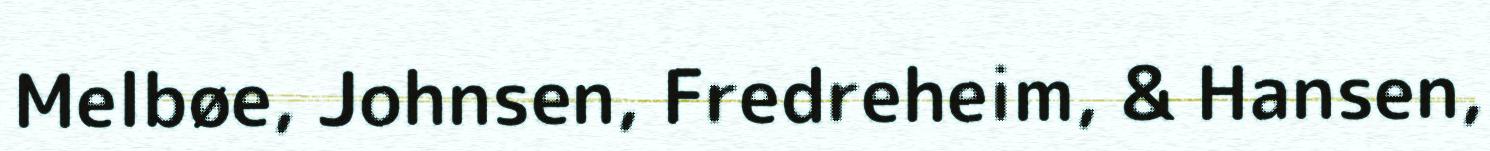
Melbøe, Johnsen, Fredreheim, & Hansen,